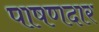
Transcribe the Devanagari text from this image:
पाषणदार